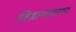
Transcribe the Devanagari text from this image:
विश्रामावस्था